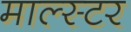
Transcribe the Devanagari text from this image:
माल्स्टर